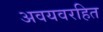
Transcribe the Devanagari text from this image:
अवयवरहित